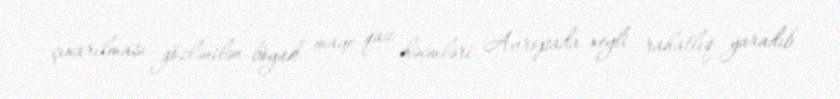
çıxarılması gözlənilən böyük maye qaz həcmləri Avropada xeyli rahatlıq yaradıb.